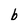
Character: b